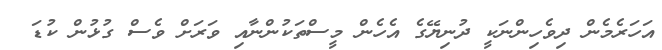
އަހަރެމެން ދިވެހިންނަކީ ދުނިޔޭގެ އެހެން މީސްތަކުންނާއި ވަރަށް ވެސް ގުޅުން ކުޑަ